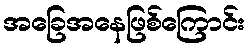
အခြေအနေဖြစ်ကြောင်း